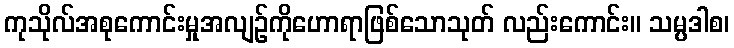
ကုသိုလ်အစုကောင်းမှုအလျဉ်ကိုဟောရာဖြစ်သောသုတ် လည်းကောင်း။ သမ္ပဒါစ၊